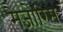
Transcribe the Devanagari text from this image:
मैजोरिस